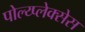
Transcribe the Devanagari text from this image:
पोल्य्प्लेक्सेस